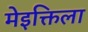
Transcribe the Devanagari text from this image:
मेइक्तिला